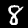
Digit: 8